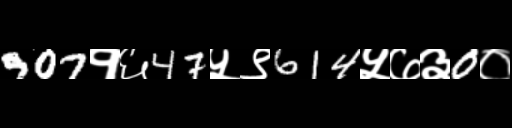
Text: 907१६47५९614५७३0०